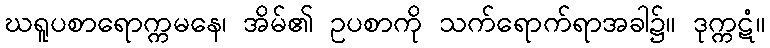
ဃရူပစာရောက္ကမနေ၊ အိမ်၏ ဥပစာကို သက်ရောက်ရာအခါ၌။ ဒုက္ကဋံ။